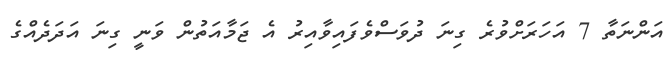
އަންނަތާ 7 އަހަރަށްވުރެ ގިނަ ދުވަސްވެފައިވާއިރު އެ ޖަމާއަތުން ވަނީ ގިނަ އަދަދެއްގެ